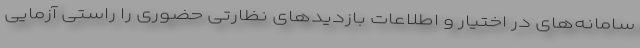
سامانه‌های در اختیار و اطلاعات بازدیدهای نظارتی حضوری را راستی آزمایی